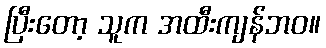
ပြီးတော့ သူက အထီးကျန်ဘဝ။